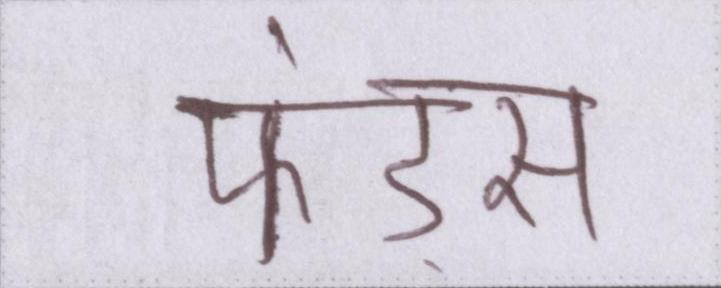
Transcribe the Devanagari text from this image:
फंड्स